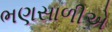
ભણસાળીએ